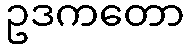
ဥဒကတော